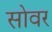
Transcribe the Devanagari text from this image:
सोवर